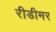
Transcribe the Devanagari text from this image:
रीडीमर